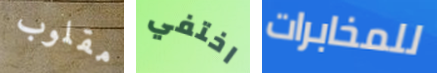
مقلوب اختفي للمخابرات